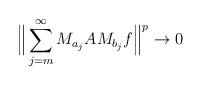
LaTeX: \begin{align*}\Big \| \sum_{j=m}^\infty M_{a_j} AM_{b_j}f \Big \|^p \to 0\end{align*}